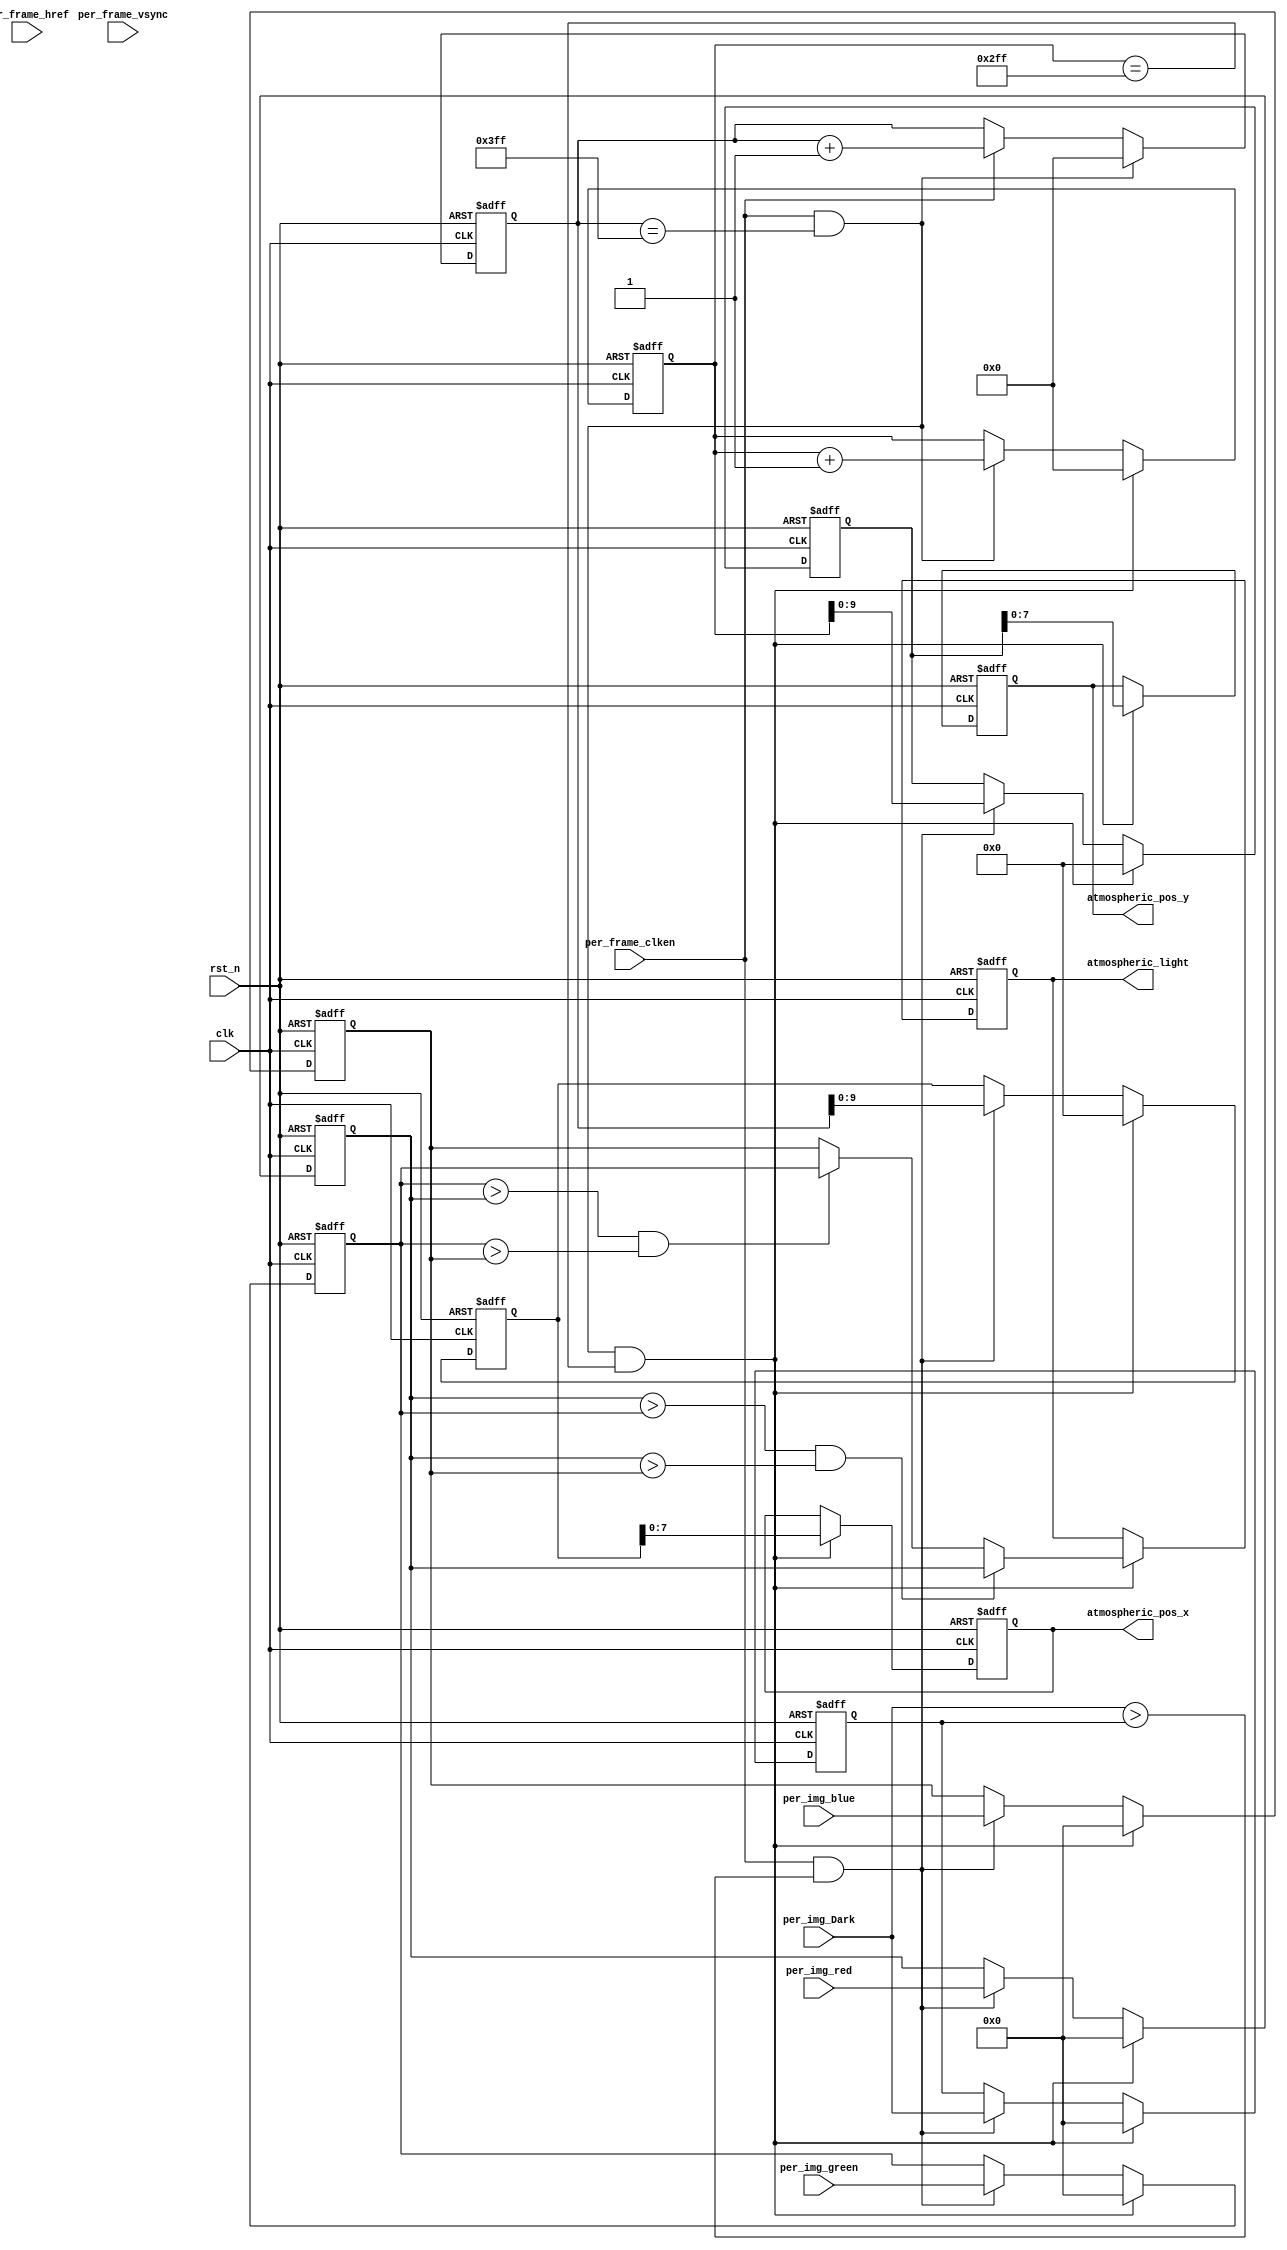
//

//

`timescale 1ns/1ns
module  VIP_Atmospheric_Light #(
    parameter   [10:0]  IMG_HDISP = 11'd1024,
    parameter   [10:0]  IMG_VDISP = 11'd768
)
(
    //global clock
    input               clk,
    input               rst_n,
        
    input               per_frame_vsync,
    input               per_frame_href,
    input               per_frame_clken,
    input       [7:0]   per_img_Dark,
        
    input       [7:0]   per_img_red,
    input       [7:0]   per_img_green,
    input       [7:0]   per_img_blue,
    
    output reg  [7:0]   atmospheric_light,  //
    output reg  [7:0]   atmospheric_pos_x,  //
    output reg  [7:0]   atmospheric_pos_y   //
    
);
//-----------------------------------------------
//lag 1 clocks signal sync
reg     per_frame_vsync_r;
reg     per_frame_href_r ;
reg     per_frame_clken_r;

always@(posedge clk or negedge rst_n)
    if(rst_n == 1'b0)
        begin
        per_frame_vsync_r   <=  0;
        per_frame_href_r    <=  0;
        per_frame_clken_r   <=  0;
        end
    else
        begin
        per_frame_vsync_r   <=  per_frame_vsync;
        per_frame_href_r    <=  per_frame_href ;
        per_frame_clken_r   <=  per_frame_clken;
        end
 
/*         
wire    vsync_pos_flag;//
wire    vsync_neg_flag;//

assign vsync_pos_flag = per_frame_vsync & (~per_frame_vsync_r);
assign vsync_neg_flag = (~per_frame_vsync) & per_frame_vsync_r; */

//------------------------------------------
//"/"
wire         vsync_over_flag; //
reg [10:0]   x_cnt;
reg [10:0]   y_cnt;

assign vsync_over_flag = ((per_frame_clken) && (x_cnt == IMG_HDISP - 1) && (y_cnt == IMG_VDISP - 1));

always@(posedge clk or negedge rst_n) 
    if(rst_n == 1'b0) 
        x_cnt <= 'd0;
    else if((per_frame_clken) && (x_cnt == IMG_HDISP - 1)) 
        x_cnt <= 'd0;
    else if(per_frame_clken)
        x_cnt <= x_cnt + 1'b1;
    else
        x_cnt <= x_cnt;
        
always@(posedge clk or negedge rst_n) 
    if(rst_n == 1'b0) 
        y_cnt <= 'd0;
    else if((per_frame_clken) && (x_cnt == IMG_HDISP - 1) && (y_cnt == IMG_VDISP - 1)) 
        y_cnt <= 'd0;
    else if((per_frame_clken) && (x_cnt == IMG_HDISP - 1)) 
        y_cnt <= y_cnt + 1'b1;
    else
        y_cnt <= y_cnt; 
        
//------------------------------------------------------
//

reg [7:0]   dark_max    ;   //
reg [7:0]   color_R     ;   //   
reg [7:0]   color_G     ;   //   
reg [7:0]   color_B     ;   //   
  
reg [9:0]   atmos_x ;   //
reg [9:0]   atmos_y ;   

reg [7:0]   color_max;  //

always@(posedge clk or negedge rst_n) begin
    if(rst_n == 1'b0) begin
        dark_max <=  8'b0;
        color_B  <=  8'd0;
        color_G  <=  8'd0;
        color_R  <=  8'd0;
        
        atmos_x  <= 8'd0;
        atmos_y  <= 8'd0;
    end
    else if(vsync_over_flag) begin
        dark_max <= 8'd0;
        color_R  <= 8'd0;
        color_G  <= 8'd0;
        color_B  <= 8'd0;
        
        atmos_x  <= 8'd0;
        atmos_y  <= 8'd0;
    end
    else if((per_frame_clken) && (per_img_Dark > dark_max)) begin
    //
        dark_max <= per_img_Dark ;
        color_R  <= per_img_red  ;
        color_G  <= per_img_green;
        color_B  <= per_img_blue ;
        
        atmos_x  <= x_cnt;
        atmos_y  <= y_cnt;
    end
    else begin
        dark_max <= dark_max  ;
        color_R  <= color_R   ;
        color_G  <= color_G   ;
        color_B  <= color_B   ;
        
        atmos_x  <= atmos_x   ;
        atmos_y  <= atmos_y   ;
    end
end    
//-----------------------------------------------
//

always@(posedge clk or negedge rst_n) begin
    if(rst_n == 1'b0) begin
        atmospheric_light <= 8'd0;
        atmospheric_pos_x <= 11'd0;
        atmospheric_pos_y <= 11'd0;
    end 
    else begin
        //
        if(vsync_over_flag) begin
            atmospheric_pos_x <= atmos_x;
            atmospheric_pos_y <= atmos_y;     
            
            //
            if((color_R > color_G) && (color_R > color_B))
                atmospheric_light <= color_R;
            else if((color_G > color_R) && (color_G > color_B))
                atmospheric_light <= color_G;
            else
                atmospheric_light <= color_B;
                
        end
    end
end



endmodule